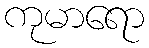
ကုမာရော